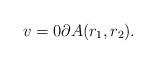
LaTeX: \begin{align*} v = 0 \partial A(r_{1},r_{2}). \end{align*}